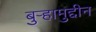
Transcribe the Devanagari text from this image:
बुऱ्हामुद्दीन